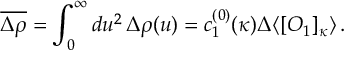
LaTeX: \overline { { { \Delta \rho } } } = \int _ { 0 } ^ { \infty } d u ^ { 2 } \, \Delta \rho ( u ) = c _ { 1 } ^ { ( 0 ) } ( \kappa ) \Delta \langle [ O _ { 1 } ] _ { \kappa } \rangle \, .